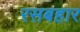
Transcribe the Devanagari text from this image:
रसबहार